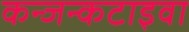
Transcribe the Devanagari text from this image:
कन्जन्कटाइवा